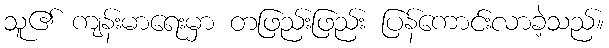
သူ၏ ကျန်းမာရေးမှာ တဖြည်းဖြည်း ပြန်ကောင်းလာခဲ့သည်။